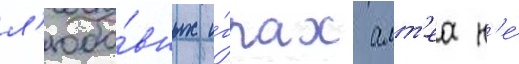
л'юбо́вных и́грах алт'еа н'е́